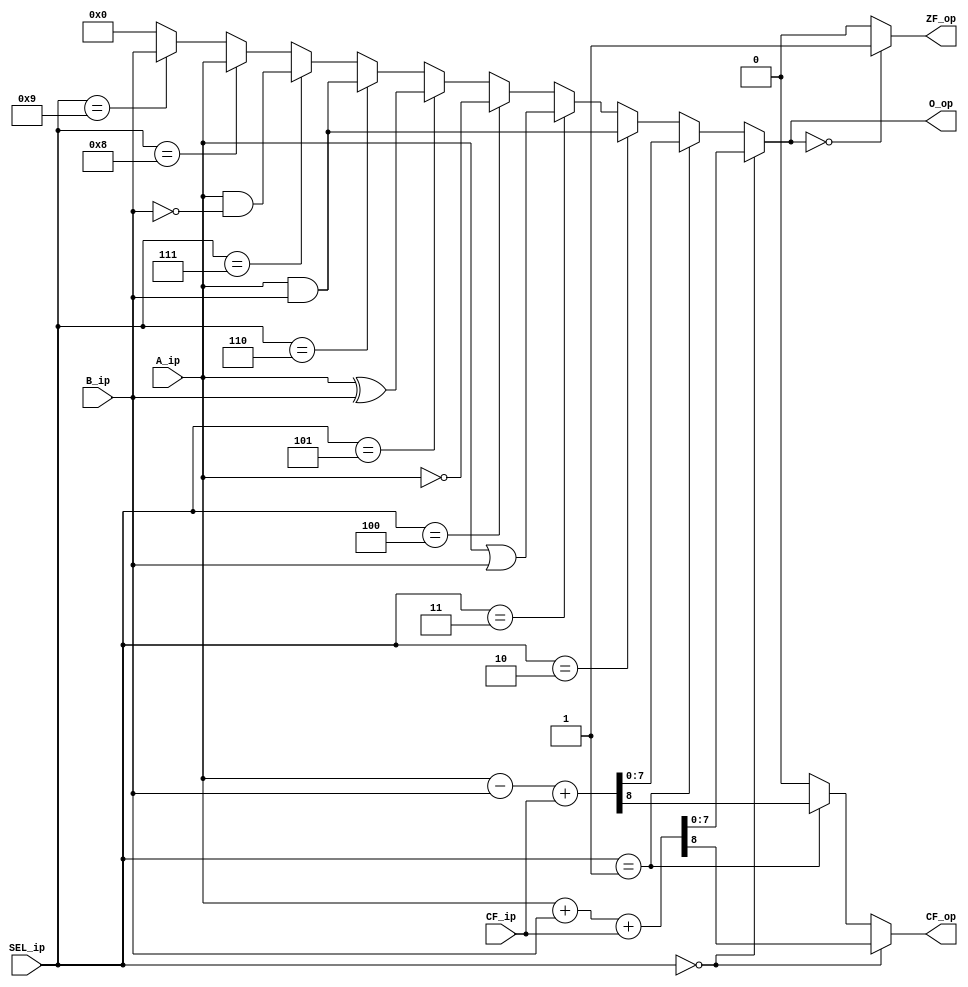
`timescale 1ns / 1ps
//////////////////////////////////////////////////////////////////////////////////
// Module Name: alu
// Project Name: TRSQ8
//////////////////////////////////////////////////////////////////////////////////


module alu (
    input [7:0] A_ip, B_ip,
	input CF_ip,
	input [4:0] SEL_ip,
	output [7:0] O_op,
	output CF_op,
	output ZF_op);


	wire [8:0] alu_sum_i, alu_sub_i;
	wire [7:0] alu_and_i, alu_or_i, alu_not_i, alu_xor_i;
	wire [7:0] alu_bs_i, alu_bc_i;


	assign alu_sum_i = {1'b0, A_ip} + {1'b0, B_ip} + {7'b0000000, CF_ip};
	assign alu_sub_i = {1'b0, A_ip} - {1'b0, B_ip} + {7'b0000000, CF_ip};

	assign alu_and_i = A_ip & B_ip;
	assign alu_or_i = A_ip | B_ip;
	assign alu_not_i = ~ A_ip;
	assign alu_xor_i = A_ip ^ B_ip;

	assign alu_bs_i = A_ip & B_ip;
	assign alu_bc_i = A_ip & (~ B_ip);


	assign O_op = SEL_ip==5'b00000 ? alu_sum_i[7:0]:
			      SEL_ip==5'b00001 ? alu_sub_i[7:0]:
				  SEL_ip==5'b00010 ? alu_and_i:
				  SEL_ip==5'b00011 ? alu_or_i:
				  SEL_ip==5'b00100 ? alu_not_i:
				  SEL_ip==5'b00101 ? alu_xor_i:
				  SEL_ip==5'b00110 ? alu_bs_i:
				  SEL_ip==5'b00111 ? alu_bc_i:
				  SEL_ip==5'b01000 ? A_ip:
				  SEL_ip==5'b01001 ? B_ip: 8'h0;

 
	assign CF_op = SEL_ip==5'b00000 ? alu_sum_i[8]:
				   SEL_ip==5'b00001 ? alu_sub_i[8]: 1'b0;


	assign ZF_op = O_op==8'h0 ? 1'b1: 1'b0;
				   

endmodule